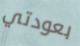
بعودتي